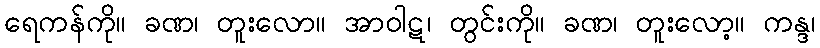
ရေကန်ကို။ ခဏ၊ တူးလော။ အာဝါဋ၊ တွင်းကို။ ခဏ၊ တူးလော့။ ကန္ဒ၊